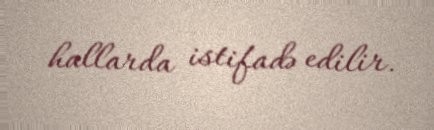
hallarda istifadə edilir.